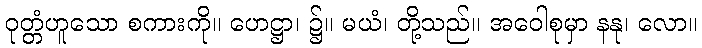
ဝုတ္တံဟူသော စကားကို။ ဟေဋ္ဌာ၊ ၌။ မယံ၊ တို့သည်။ အဝေါစုမှာ နနု၊ လော။